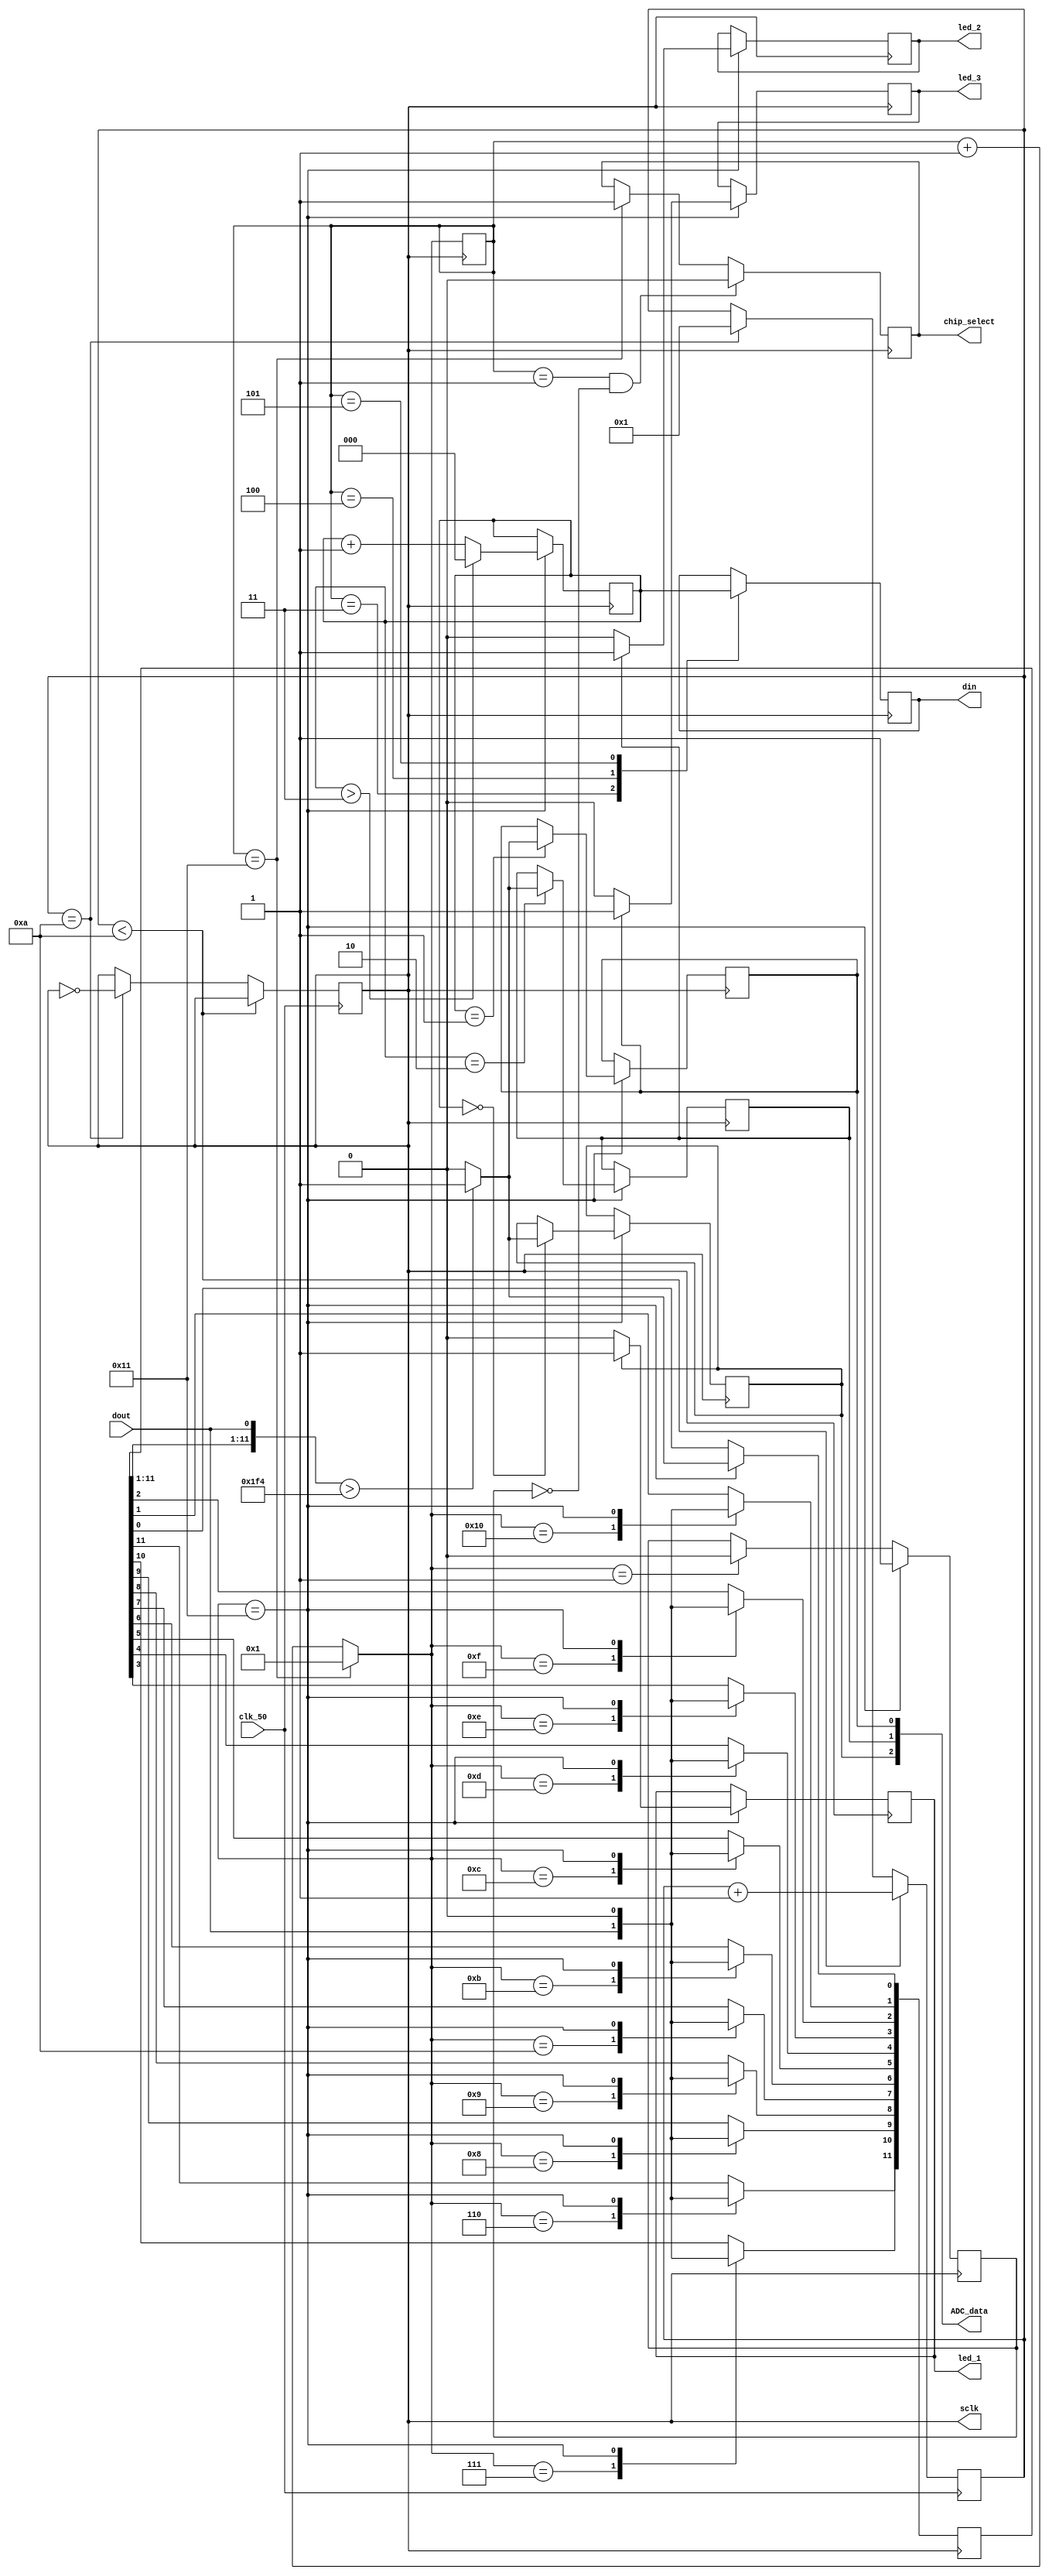

module adc_convert(

	input clk_50,
	input dout,
	output chip_select, 
	output din,
	output [2:0] ADC_data,
	output sclk,
	//************LED_indicaters**********************
   output led_1,
	output led_2,
	output led_3
	
	);
	
	//***********Variables for outputs******************
	reg r_adc_data_0;
	reg r_adc_data_1;
	reg r_adc_data_2;
	reg r_sclk;
	reg [11:0] r_data_temp;
	reg [4:0] sclk_counter = 0;
	reg r_din = 0;
	reg [1:0] r_chip_select = 1;
	reg [2:0] current_ch = 0;      // the channel address for conversion ------using 2 channel for this code.
   reg [3:0] count;              //counter for clock scaling
	reg [5:0] n;
	
	reg r_led_R = 0; 
	reg r_led_B = 0;
	reg r_led_G = 0;
	
	//assign output
	assign chip_select = r_chip_select ;
	assign din = r_din ;
	assign ADC_data[0] = r_adc_data_1 ;
	assign ADC_data[1] = r_adc_data_2 ;
	assign ADC_data[2] = r_adc_data_0 ;
	assign sclk = r_sclk;
	assign led_1 = r_led_R;
	assign led_2 = r_led_G;
	assign led_3 = r_led_B;
	
	//************Clock scaling************
	initial
	begin 
		count = 1;
		n = 20;
		r_sclk =0;
	end

   always@(posedge clk_50)
	begin 
		if (count < (n/2))
		 begin
			count = count +1;
		end
		else if (count ==(n/2))
		 begin 
			count =1;
			r_sclk = ~r_sclk;
		end
	 end
  
  //************End clock scaling*****************
  
	// sclk counter---------------------------------------------------------------------------------------------------------------------------------
	always @ (posedge sclk)
	begin
	
		
			//sclk counter--------------------------------------------------------------
			if(sclk_counter == 17)
			begin
				sclk_counter = 0 ;
				sclk_counter = sclk_counter + 1;
			end
			else
			begin
				sclk_counter = sclk_counter + 1;
			end
			
			//to control chip select----------------------------------------------------------
			if(sclk_counter == 17) 
			begin
				r_chip_select[1] = 1;
			end
			
			else if(sclk_counter == 1 ) 
			begin
				r_chip_select[1] = 0;
			end
			
			case(sclk_counter)
			
			
			// to get data from ADC-------------------------------------------------
			6:
			begin
				 
				r_data_temp[11] = dout;
				
			end
		
			7: r_data_temp[10] = dout;
			
			8: r_data_temp[9] = dout;
			
			9: r_data_temp[8] = dout;
			
			10: r_data_temp[7] = dout;
			
			11: r_data_temp[6] = dout;
		
			12: r_data_temp[5] = dout;
			
			13: r_data_temp[4] = dout;
			
			14: r_data_temp[3] = dout;
			
			15: r_data_temp[2] = dout;
			
			16: r_data_temp[1] = dout;
		
			17:	 
			begin 
				r_data_temp[0] = dout;
				
				r_data_temp = r_data_temp > 500 ? 1:0 ;
				
				case(current_ch) // this to send outut to correct output channel pin
			
				3'b000: r_adc_data_0 <= r_data_temp[0];
				
				3'b001: r_adc_data_1 <= r_data_temp[0];
				
				3'b010: r_adc_data_2 <= r_data_temp[0];
			
				endcase
				//---------------------------led_R-----------
				if (r_adc_data_0 == 1)
				begin
					r_led_R = 1;
				end
				else
				begin
					r_led_R = 0;
				end
				//--------------------------led_Green----------
				if (r_adc_data_1 == 1)
				begin
					r_led_B = 1;
				end
				else
				begin
					r_led_B = 0;
				end
				
				
				//-------------------------led_Blue----------
				
				if (r_adc_data_2== 1)
				begin
					r_led_G = 1;
				end
				else
				begin
					r_led_G = 0;
				end
				
				//--------------------Channel change---------
				if(current_ch > 3)
				begin
					current_ch = 0;
				end
				
				else
				begin
					current_ch = current_ch + 1;
				end
				
			end
		endcase
	end
	
	
	
	//din output------------------------------------------------------------------------------------------------------------
	always @ (negedge sclk)
	begin
				
		
					
			// to control chip select----------------------------------------------------------
			if(sclk_counter == 1 & r_chip_select[1] == 0)
			begin
				r_chip_select[0] = 0;
			end
		
			else if(sclk_counter == 17)
			begin
				r_chip_select[0] = 1;
			end
			
			// to give DIN to ADC---------------------------------------------------------------
			case(sclk_counter)
			3: 
			begin 
				r_din = current_ch[2];
			end
		
			4:
			begin
				r_din = current_ch[1];
			end
		
			5: 
			begin 
				r_din = current_ch[0];
				
				
				
			end
		
			endcase
			
	end
	
	
	//to update chip_select------------------------------------------------------------------------------------------------
	
	
	
endmodule